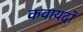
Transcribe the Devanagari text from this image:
कवायदों